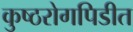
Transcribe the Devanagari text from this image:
कुष्ठरोगपिडीत